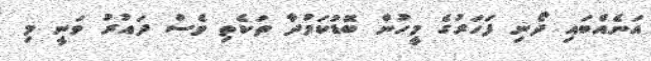
އަނެއްބައި ދޯނި ފަހަރުގެ މީހުން ބޮޑުކަމުދާ ތަކެތި ވެސް ދައުރު ވަނީ މި